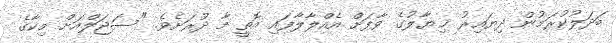
ބަދަލުކުރަމުން ދިޔައިރު ޚިޔާލުގެ ވާފަށް އެއްލާލާފައި އޮތީ މާ ދުރަށެވެ. "ސަޖަލްއަށް މިކާގެ